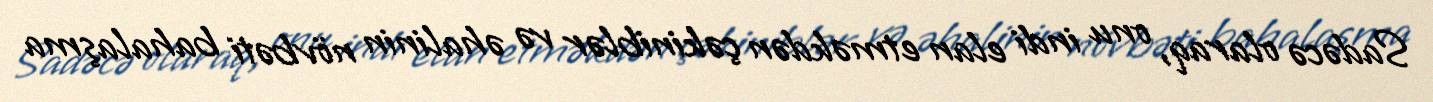
Sadəcə olaraq, onu indi elan etməkdən çəkiniblər və əhalinin növbəti bahalaşma